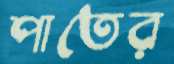
পাতের